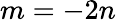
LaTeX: m=-2n